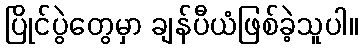
ပြိုင်ပွဲတွေမှာ ချန်ပီယံဖြစ်ခဲ့သူပါ။